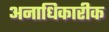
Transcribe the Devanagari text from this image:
अनाधिकारीक